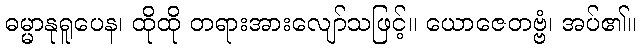
ဓမ္မာနုရူပေန၊ ထိုထို တရားအားလျော်သဖြင့်။ ယောဇေတဗ္ဗံ၊ အပ်၏။